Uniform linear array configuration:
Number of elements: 32
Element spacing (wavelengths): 0.75
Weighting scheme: hamming
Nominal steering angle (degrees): -60
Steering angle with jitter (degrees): -60.922
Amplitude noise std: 0.05
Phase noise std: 0.05

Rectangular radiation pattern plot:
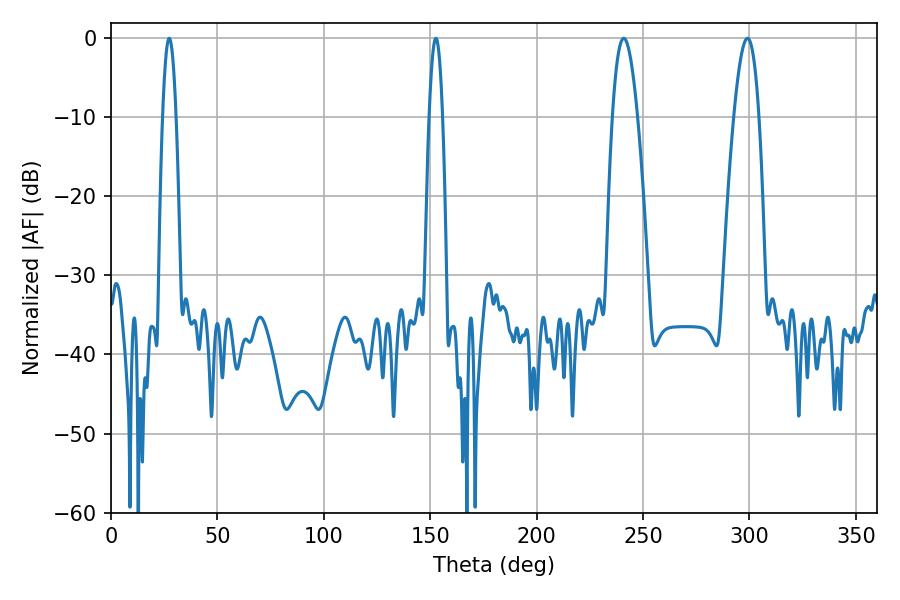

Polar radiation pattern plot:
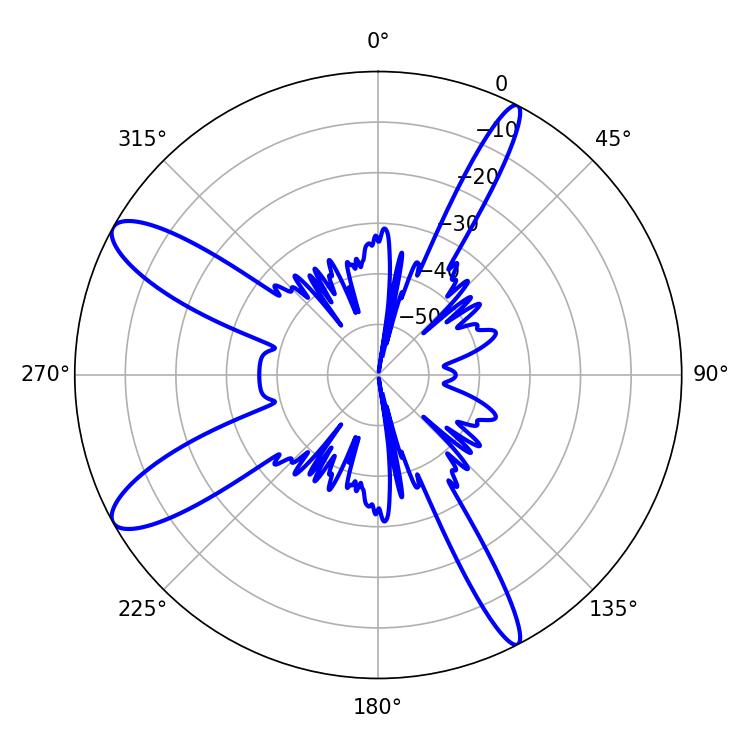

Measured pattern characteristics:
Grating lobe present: TRUE
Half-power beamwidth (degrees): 3.6
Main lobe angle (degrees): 152.64